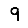
Digit: 9